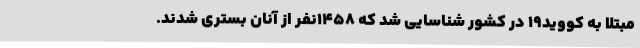
مبتلا به کووید19 در کشور شناسایی شد که 1458نفر از آنان بستری شدند.